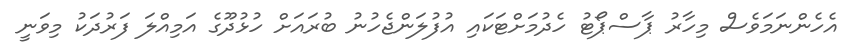
އެހެންނަމަވެސް މިހާރު ޕާސްޕޯޓު ހެދުމަށްޓަކައި އުފުލަންޖެހުނު ބުރައަށް ހުޅުދޫގެ އަމިއްލަ ފަރުދަކު މިވަނީ